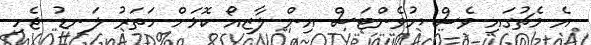
އެ މެޗުގައި ވެސް ޔުވެންޓަސް އިން ލާޒިއޯ ކޮޅަށް ހަތަރު ލަނޑު ޖެހި